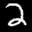
Label: 2